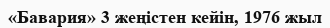
«Бавария» 3 жеңістен кейін, 1976 жыл